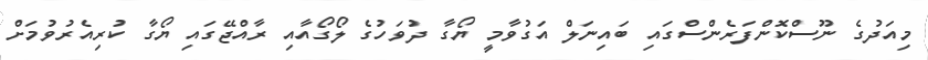
މިއަދުގެ ނޫސްކޮންފަރެންސްގައި ބައިނަލް އަގުވާމީ ޔޯގާ ދުވަހުގެ ލޯގޯއާއި ރާއްޖޭގައި ޔޯގާ ކުރިއެރުވުމަށް